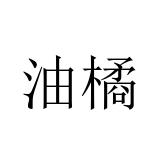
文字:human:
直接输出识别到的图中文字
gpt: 油橘